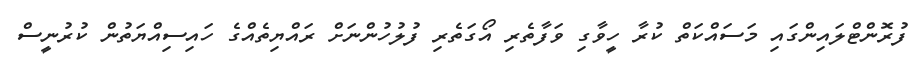
ފުރޮންޓްލައިންގައި މަސައްކަތް ކުރާ ހީވާގި ވަފާތެރި އޯގަަތެރި ފުލުހުންނަަށް ރައްޔިތެއްގެ ހައިސިއްޔަތުން ކުރުނީސް